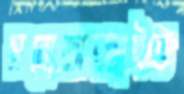
মনোঅক্সাইড